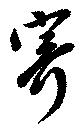
寄